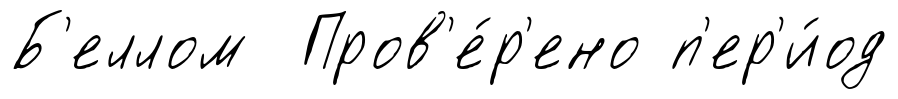
Б'еллом Пров'е́р'ено п'ер'и́од